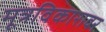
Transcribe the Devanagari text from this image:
मूत्रविकारावर